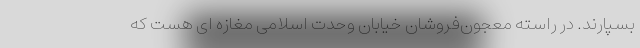
بسپارند. در راسته معجون‌فروشان خیابان وحدت اسلامی مغازه ‌ای هست که